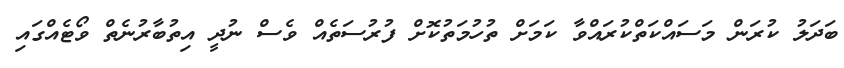
ބަދަލު ކުރަން މަސައްކަތްކުރައްވާ ކަމަށް ތުހުމަތުކޮށް ފުރުސަތެއް ވެސް ނުދީ އިތުބާރުނެތް ވޯޓެއްގައި